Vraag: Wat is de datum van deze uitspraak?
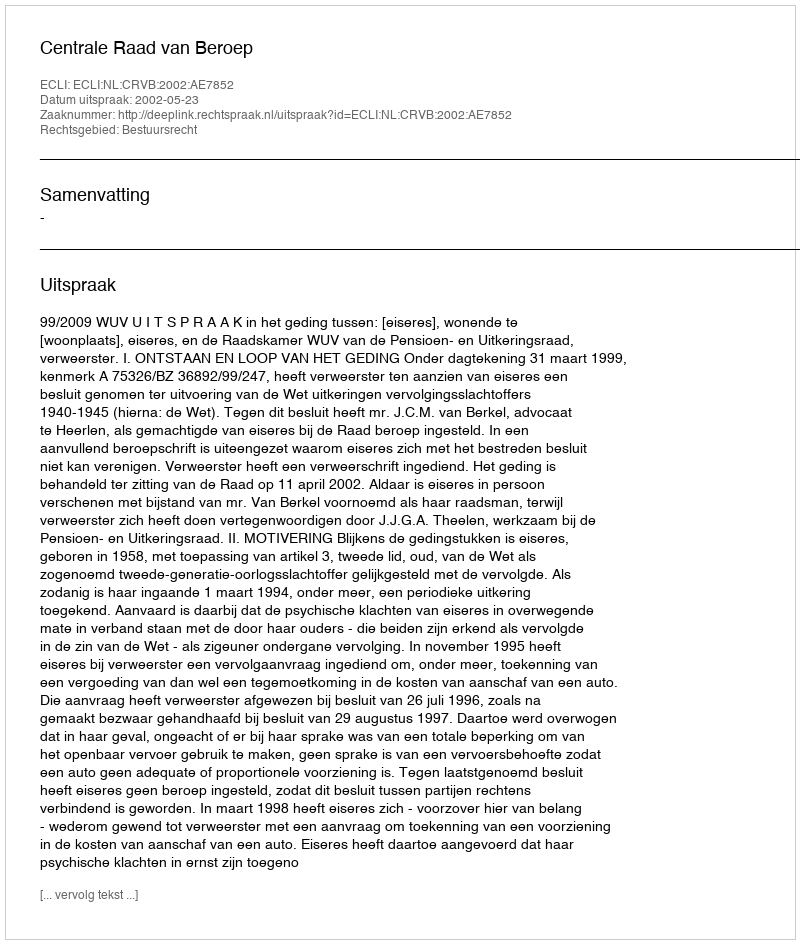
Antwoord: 2002-05-23